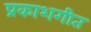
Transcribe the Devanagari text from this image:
प्रकाशगीत